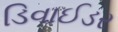
ડિવાઈડર